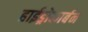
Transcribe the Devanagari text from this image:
हाईड्रोकार्बन